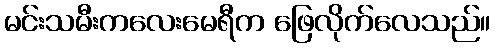
မင်းသမီးကလေးမေရီက ဖြေလိုက်လေသည်။